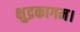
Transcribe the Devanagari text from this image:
क्षुद्रकागम।